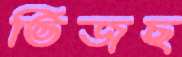
ভিজছ